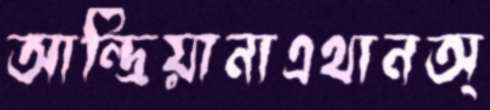
আন্দ্রিয়ানাএথানঅ্